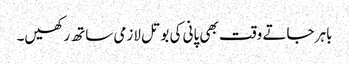
باہر جاتے وقت بھی پانی کی بوتل لازمی ساتھ رکھیں۔